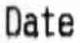
DATE